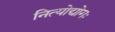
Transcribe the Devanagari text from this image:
नित्योद्योगः